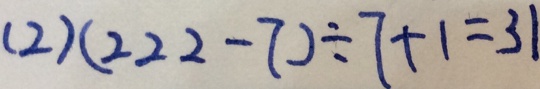
( 2 ) ( 2 2 2 - 7 ) \div 7 + 1 = 3 1